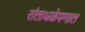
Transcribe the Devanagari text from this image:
रांताधळेपणात